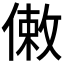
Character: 𠍏